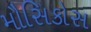
મૌસિકોસ